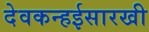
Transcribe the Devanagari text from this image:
देवकन्हईसारखी